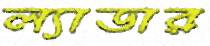
ল্যাডার